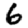
Digit: 6